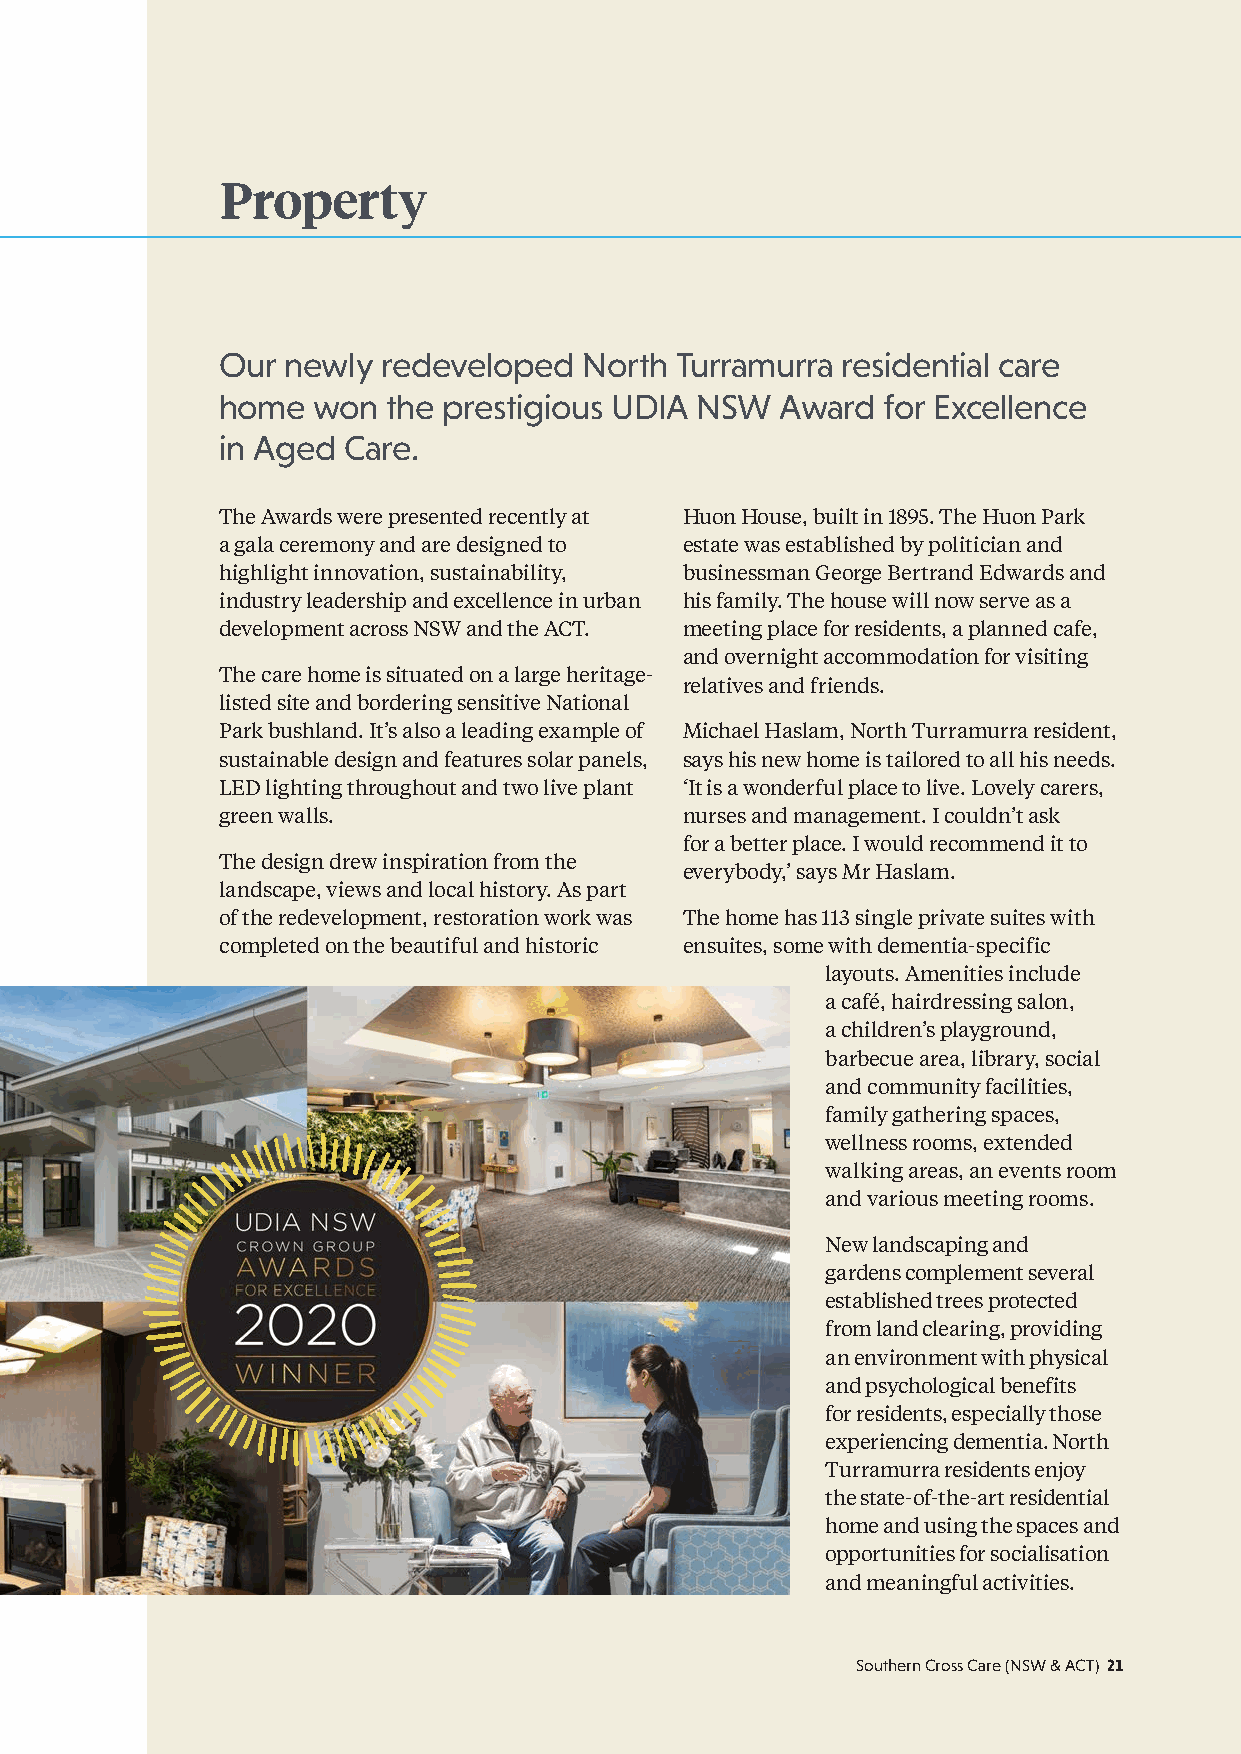
Property
 Our  newly redeveloped   North Turramurra residential care
 home   won  the prestigious UDIA NSW  Award for Excellence
 in Aged  Care.
 The Awards were presented recently at Huon House, built in 1895. The Huon Park
 a gala ceremony and are designed to estate was established by politician and
 highlight innovation, sustainability, businessman George Bertrand Edwards and
 industry leadership and excellence in urban his family. The house will now serve as a
 development across NSW and the ACT. meeting place for residents, a planned cafe,
 and overnight accommodation for visiting
 The care home is situated on a large heritage-
 relatives and friends.
 listed site and bordering sensitive National
 Park bushland. It’s also a leading example of Michael Haslam, North Turramurra resident,
 sustainable design and features solar panels, says his new home is tailored to all his needs.
 LED lighting throughout and two live plant ‘It is a wonderful place to live. Lovely carers,
 green walls.                   nurses and management. I couldn’t ask
 for a better place. I would recommend it to
 The design drew inspiration from the
 everybody,’ says Mr Haslam.
 landscape, views and local history. As part
 of the redevelopment, restoration work was The home has 113 single private suites with
 completed on the beautiful and historic ensuites, some with dementia-specific
 layouts. Amenities include
 a café, hairdressing salon,
 a children’s playground,
 barbecue area, library, social
 and community facilities,
 family gathering spaces,
 wellness rooms, extended
 walking areas, an events room
 and various meeting rooms.
 New landscaping and
 gardens complement several
 established trees protected
 from land clearing, providing
 an environment with physical
 and psychological benefits
 for residents, especially those
 experiencing dementia. North
 Turramurra residents enjoy
 the state-of-the-art residential
 home and using the spaces and
 opportunities for socialisation
 and meaningful activities.
 Southern Cross Care (NSW & ACT) 21